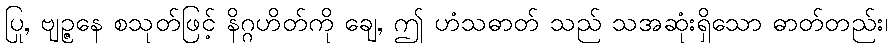
ပြု, ဗျဉ္ဇနေ စသုတ်ဖြင့် နိဂ္ဂဟိတ်ကို ချေ, ဤ ဟံသဓာတ် သည် သအဆုံးရှိသော ဓာတ်တည်း၊